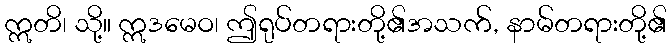
ဣတိ၊ သို့။ ဣဒမေဝ၊ ဤရုပ်တရားတို့၏အသက်, နာမ်တရားတို့၏